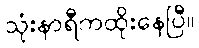
သုံးနာရီကထိုးနေပြီ။